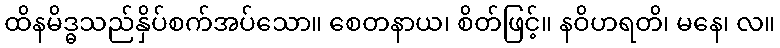
ထိနမိဒ္ဓသည်နှိပ်စက်အပ်သော။ စေတနာယ၊ စိတ်ဖြင့်။ နဝိဟရတိ၊ မနေ၊ လ။